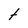
Character: t